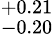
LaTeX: ^{+0.21}_{-0.20}